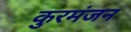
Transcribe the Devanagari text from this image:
कुरमंजन